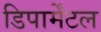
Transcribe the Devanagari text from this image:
डिपार्मेंटल